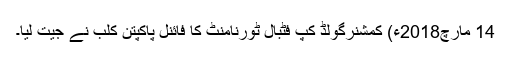
14 مارچ2018ء) کمشنرگولڈ کپ فٹبال ٹورنامنٹ کا فائنل پاکپتن کلب نے جیت لیا۔